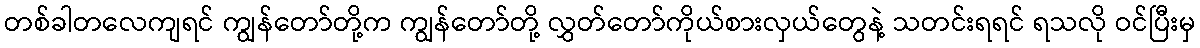
တစ်ခါတလေကျရင် ကျွန်တော်တို့က ကျွန်တော်တို့ လွှတ်တော်ကိုယ်စားလှယ်တွေနဲ့ သတင်းရရင် ရသလို ဝင်ပြီးမှ